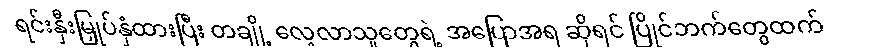
ရင်းနှီးမြှုပ်နှံထားပြီး တချို့ လေ့လာသူတွေရဲ့ အပြောအရ ဆိုရင် ပြိုင်ဘက်တွေထက်